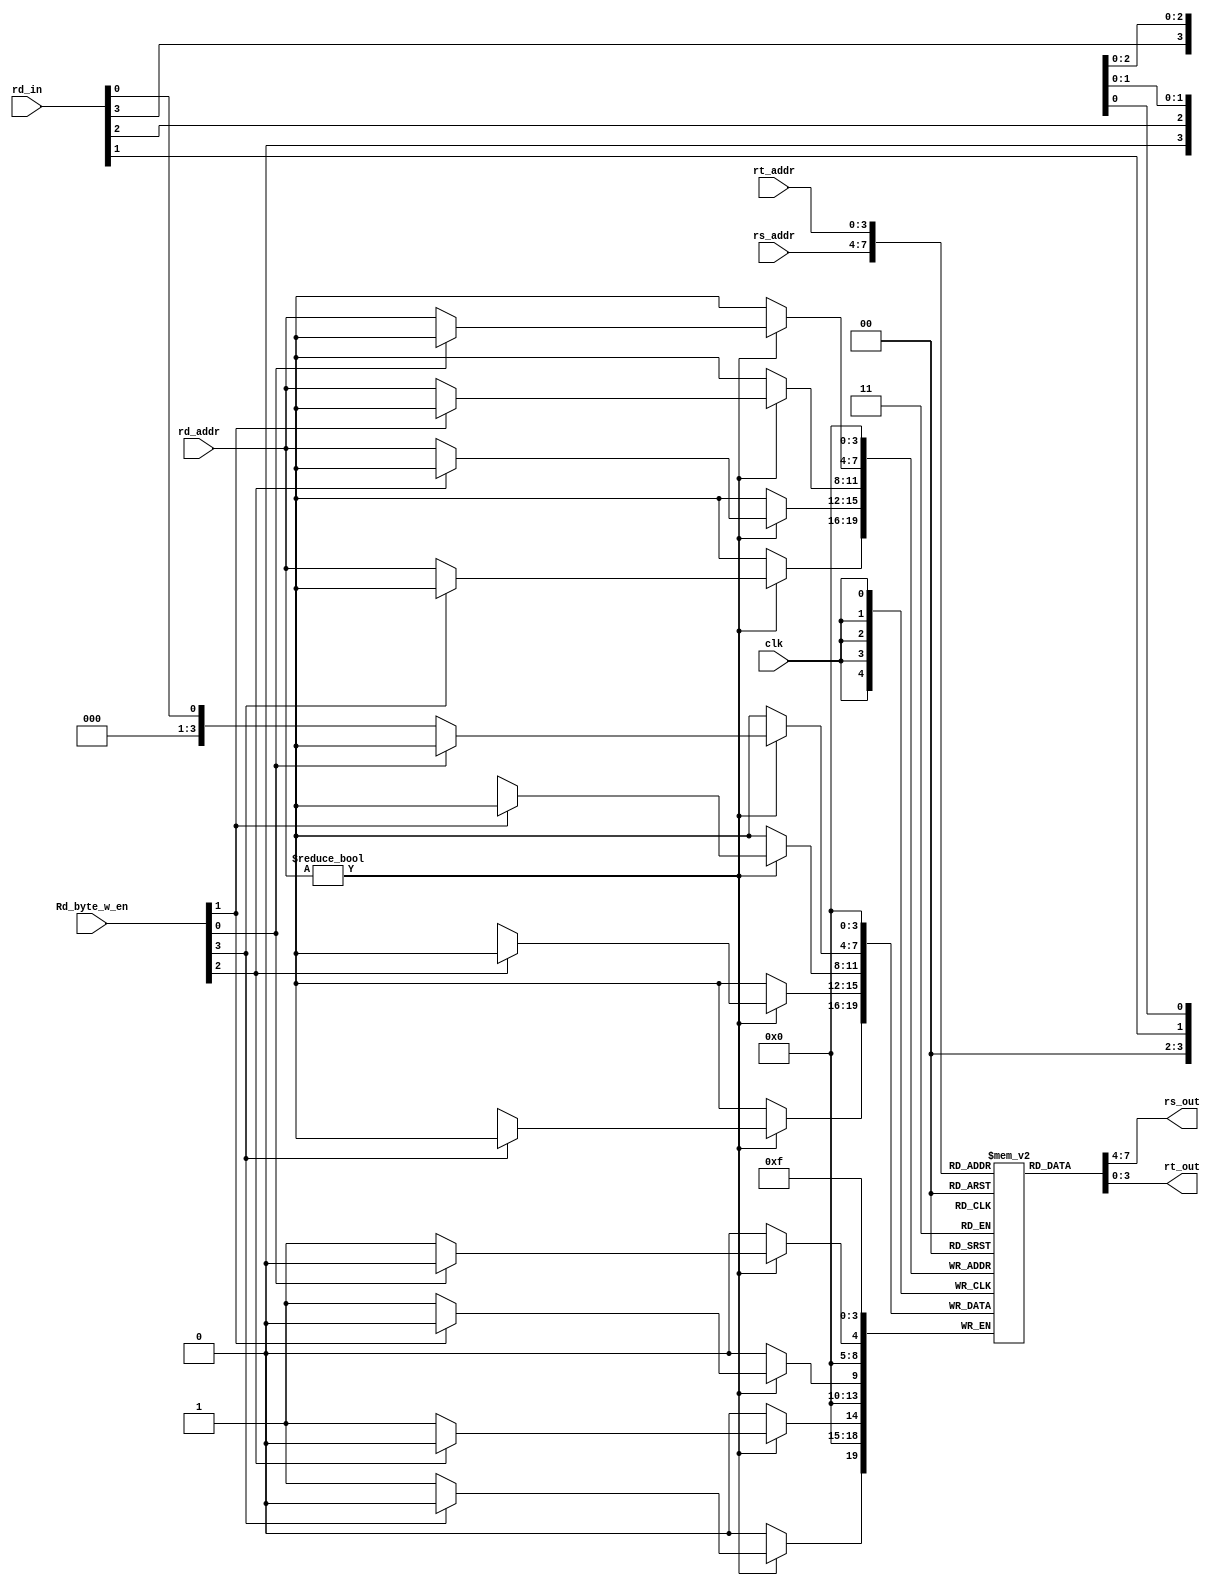
module lab1_121220307_MIPS4
#(parameter data_width=4,parameter addr_width=4)
(
    input [addr_width-1:0] rs_addr,rt_addr,rd_addr,  //the addresses of write and read
    input [data_width-1:0] rd_in,  //4 bits data that need to be input
    input [3:0] Rd_byte_w_en,  //write enable
    input clk,  //the clock
    output [data_width-1:0] rs_out,rt_out  //4 bits data to be output
);

reg [data_width-1:0] register[2**addr_width-1:0];  // the register group

always @ (posedge clk)
begin
    register[0]=4'b0;
    if (rd_addr!=0)
    begin
        if (Rd_byte_w_en[0]==0) register[rd_addr][0]<=rd_in[0]; //write in lower 1 bit
        if (Rd_byte_w_en[1]==0) register[rd_addr][1]<=rd_in[1]; //write in mid lower 1 bit
        if (Rd_byte_w_en[2]==0) register[rd_addr][2]<=rd_in[2]; //write in mid higher 1 bit
        if (Rd_byte_w_en[3]==0) register[rd_addr][3]<=rd_in[3]; //write in higher 1 bit
    end
end

assign	rs_out=register[rs_addr];  //read and output the data of the register
assign	rt_out=register[rt_addr];
endmodule